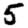
Digit: 5